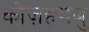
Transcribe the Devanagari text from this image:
कोज़हमबु